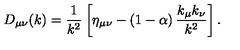
D _ { \mu \nu } ( k ) = { \frac { 1 } { k ^ { 2 } } } \left[ \eta _ { \mu \nu } - \left( 1 - \alpha \right) { \frac { k _ { \mu } k _ { \nu } } { k ^ { 2 } } } \right] .